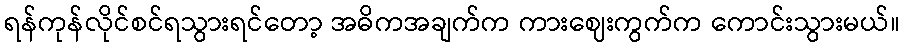
ရန်ကုန်လိုင်စင်ရသွားရင်တော့ အဓိကအချက်က ကားဈေးကွက်က ကောင်းသွားမယ်။